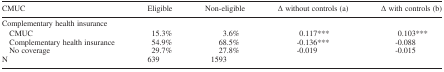
<table><thead><tr><td><b>CMUC</b></td><td><b>Eligible</b></td><td><b>Non‐eligible</b></td><td><b>Δ without controls (a)</b></td><td><b>Δ with controls (b)</b></td></tr></thead><tbody><tr><td>Complementary health insurance</td><td></td><td></td><td></td><td></td></tr><tr><td>CMUC</td><td>15.3%</td><td>3.6%</td><td>0.117***</td><td>0.103***</td></tr><tr><td>Complementary health insurance</td><td>54.9%</td><td>68.5%</td><td>‐0.136***</td><td>‐0.088</td></tr><tr><td>No coverage</td><td>29.7%</td><td>27.8%</td><td>‐0.019</td><td>‐0.015</td></tr><tr><td>N</td><td>639</td><td>1593</td><td></td><td></td></tr></tbody></table>